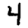
Digit: 4